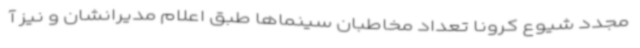
مجدد شیوع کرونا تعداد مخاطبان سینماها طبق اعلام مدیرانشان و نیز آ